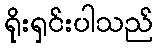
ရိုးရှင်းပါသည်